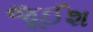
જૂઈશ